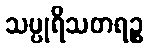
သပ္ပုရိသတရဉ္စ